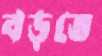
বড়তে